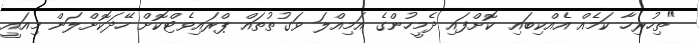
"ތިހުރިހާ ކަމެއް އެއްކިބައި ކޮށްފައި ދެމީހުންގެ އަމިއްލަ ވަގުތުތައް ޕްރައިވެޓްކޮށް ހޭދަކޮށްލަން މިއައީ